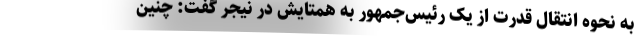
به نحوه انتقال قدرت از یک رئیس‌جمهور به همتایش در نیجر گفت: چنین